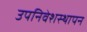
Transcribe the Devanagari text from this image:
उपनिवेशस्थापन